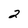
Character: 2